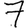
Digit: 7